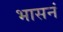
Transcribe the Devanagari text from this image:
भासनं